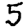
Digit: 5